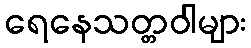
ရေနေသတ္တဝါများ